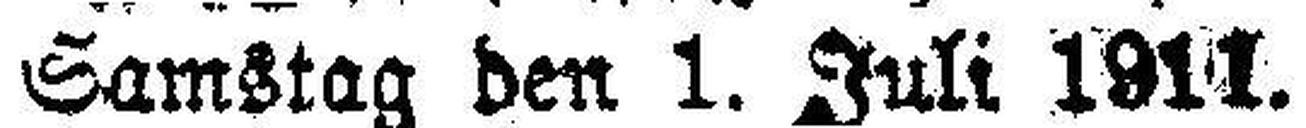
Samstag den 1. Juli 1911.